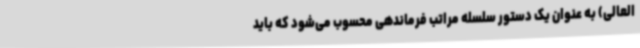
العالی) به عنوان یک دستور سلسله مراتب فرماندهی محسوب می‌شود که باید